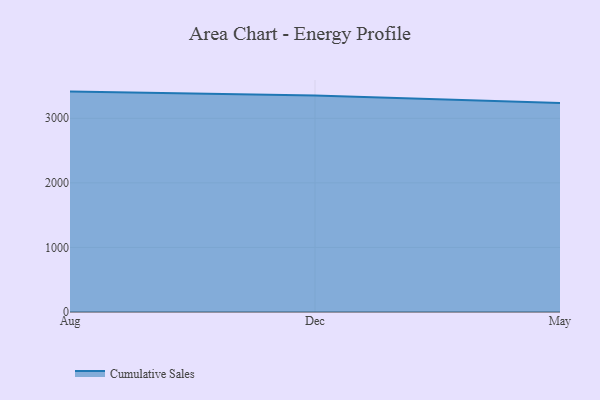
{"axis": {"x": "Month", "y": "Population (Million)"}, "legend": ["Cumulative Sales"], "data": [{"x": "Aug", "y": 3413.3, "type": "Cumulative Sales"}, {"x": "Dec", "y": 3351.7, "type": "Cumulative Sales"}, {"x": "May", "y": 3236.8, "type": "Cumulative Sales"}]}